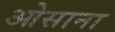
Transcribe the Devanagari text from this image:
ओसाना